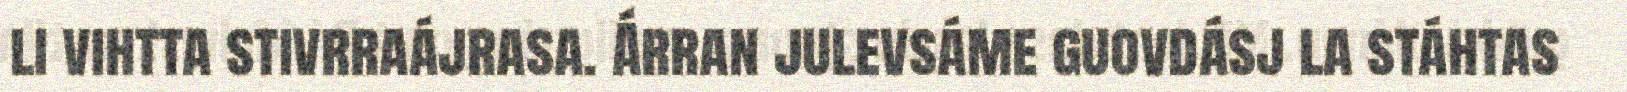
li vihtta stivrraájrasa. Árran julevsáme guovdásj la stáhtas